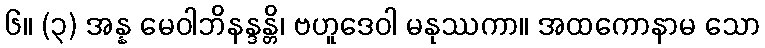
၆။ (၃) အန္န မေဝါဘိနန္ဒန္တိ၊ ဗဟူဒေဝါ မနုဿကာ။ အထကောနာမ သော